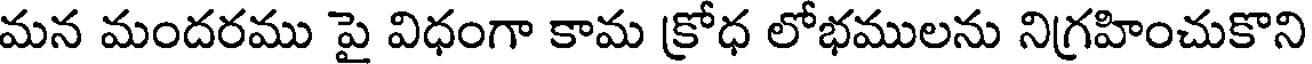
మన మందరము పై విధంగా కామ క్రోధ లోభములను నిగ్రహించుకొని